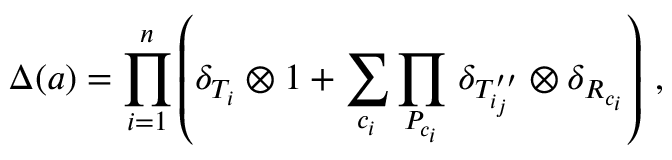
\Delta ( a ) = \prod _ { i = 1 } ^ { n } \left( \delta _ { T _ { i } } \otimes 1 + \sum _ { c _ { i } } \prod _ { P _ { c _ { i } } } \, \delta _ { T _ { i _ { j } } ^ { \prime \prime } } \otimes \delta _ { R _ { c _ { i } } } \right) \, ,